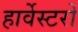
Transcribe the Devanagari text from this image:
हार्वेस्टरों